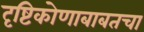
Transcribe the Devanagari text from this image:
दृष्टिकोणाबाबतचा